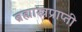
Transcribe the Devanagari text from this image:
ब्रह्मास्त्रप्राप्ती